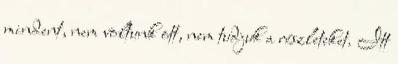
mindent, nem voltunk ott, nem tudjuk a részleteket. Itt